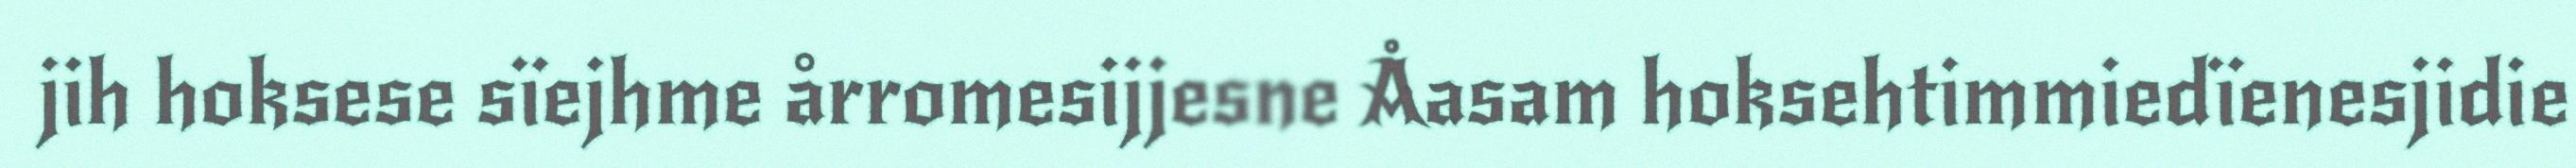
jih hoksese sïejhme årromesijjesne Åasam hoksehtimmiedïenesjidie